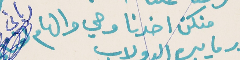
منكن اخدنا وحي والهام رباني